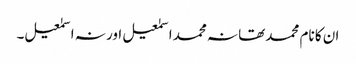
ان کا نام محمد تھا نہ محمد اسمٰعیل اور نہ اسمٰعیل۔